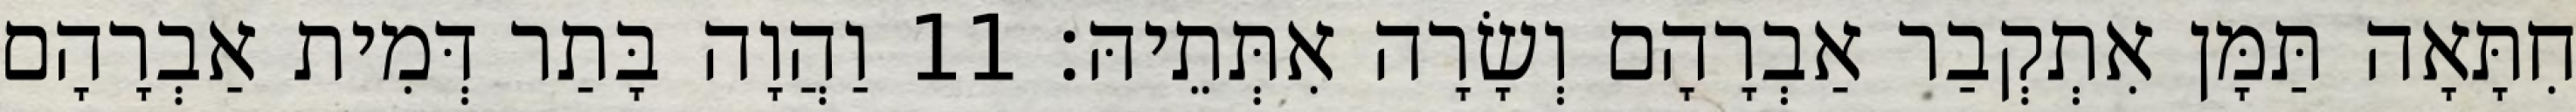
חִתָּאָה תַּמָּן אִתְקְבַר אַבְרָהָם וְשָׂרָה אִתְּתֵיהּ׃ 11 וַהֲוָה בָּתַר דְּמִית אַבְרָהָם